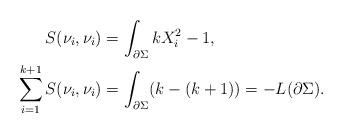
LaTeX: \begin{align*}S(\nu_i, \nu_i) &= \int_{\partial \Sigma} k X_i^2-1,\\\sum_{i=1}^{k+1} S(\nu_i, \nu_i) &= \int_{\partial \Sigma}(k-(k+1))=-L(\partial \Sigma).\end{align*}